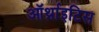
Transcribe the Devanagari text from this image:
ऑर्थ्राइटिस